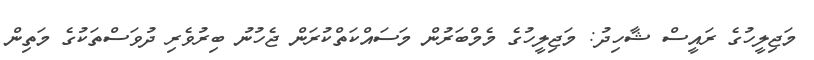
މަޖިލީހުގެ ރައީސް ޝާހިދު: މަޖިލީހުގެ މެމްބަރުން މަސައްކަތްކުރަން ޖެހުނު ބިރުވެރި ދުވަސްތަކުގެ މަތިން